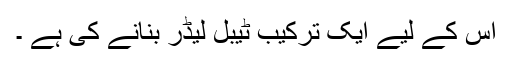
اس کے لیے ایک ترکیب ٹیبل لیڈر بنانے کی ہے ۔